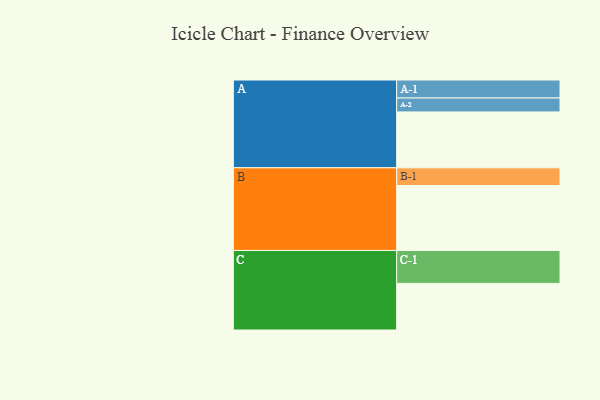
{"axis": {"x": "Segment", "y": "Value"}, "legend": ["", "A", "B", "C"], "data": [{"x": "A", "y": 506, "type": ""}, {"x": "B", "y": 588, "type": ""}, {"x": "C", "y": 422, "type": ""}, {"x": "A-1", "y": 163, "type": "A"}, {"x": "A-2", "y": 126, "type": "A"}, {"x": "B-1", "y": 160, "type": "B"}, {"x": "C-1", "y": 298, "type": "C"}]}